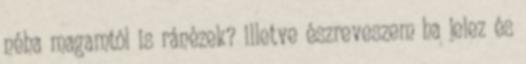
néha magamtól is ránézek? illetve észreveszem ha jelez és